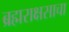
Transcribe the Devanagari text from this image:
ब्रह्मराक्षसाचा